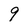
Character: 9